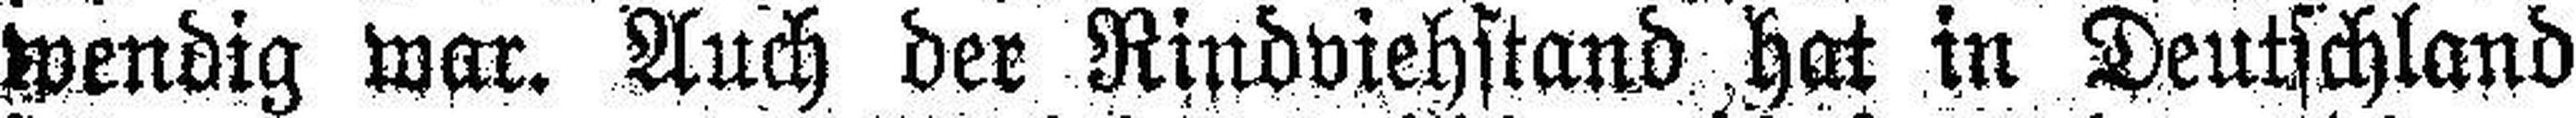
wendig war. Auch der Rindviehstand hat in Deutschland